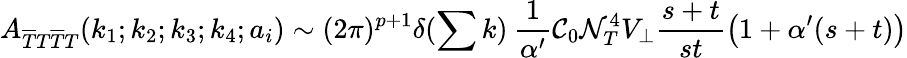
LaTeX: A_{\overline{{{T}}}T\overline{{{T}}}T}(k_{1};k_{2};k_{3};k_{4};a_{i})\sim(2\pi)^{p+1}\delta(\sum k)\: \frac{1}{\alpha^{\prime}}{\cal C}_{0}{\cal N}_{T}^{4}V_{\bot}\frac{s+t}{st}\left(1+\alpha^{\prime}(s+t)\right)